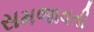
સમજાવતી